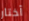
أختار